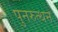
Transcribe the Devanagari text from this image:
पुनरुत्थन